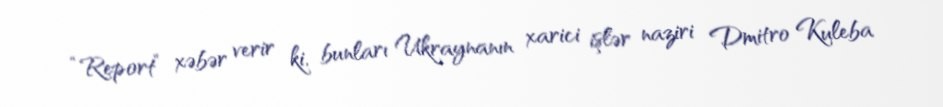
“Report” xəbər verir ki, bunları Ukraynanın xarici işlər naziri Dmitro Kuleba